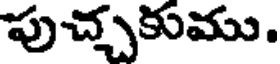
పుచ్చకుము.